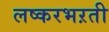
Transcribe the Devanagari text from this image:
लष्करभऱती